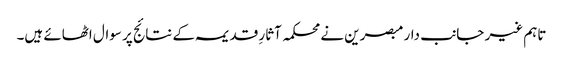
تاہم غیر جانب دار مبصرین نے محکمہ آثارِ قدیمہ کے نتائج پر سوال اٹھائے ہیں۔